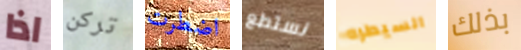
اذا تركن اضطرت نستطع السيطره بذلك